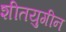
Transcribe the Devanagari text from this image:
शीतयुगीन